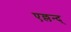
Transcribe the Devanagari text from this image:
एल्लन्द्